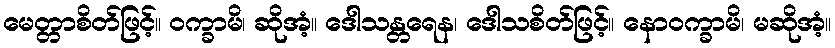
မေတ္တာစိတ်ဖြင့်။ ဝက္ခာမိ၊ ဆိုအံ့။ ဒေါသန္တရေန၊ ဒေါသစိတ်ဖြင့်။ နောဝက္ခာမိ၊ မဆိုအံ့။